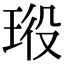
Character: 𤥞